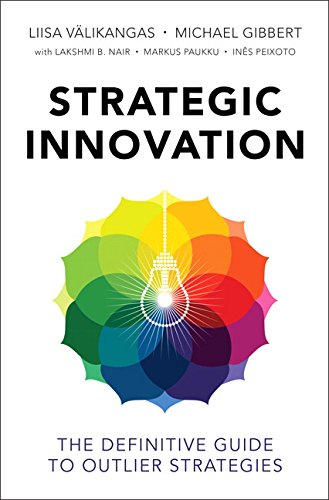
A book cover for Strategic Innovation: The Definitive Guide to Outlier Strategies; Liisa VÃ¤likangas; Business & Money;